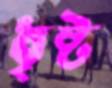
ধৃষ্ট